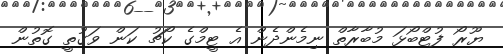
ޔޫރޯ ފުޓްބޯޅަ މުބާރާތް ނިމެންދެން އެ ޓީމްގެ ކޯޗު ކަން ވަގުތީ ގޮތުން